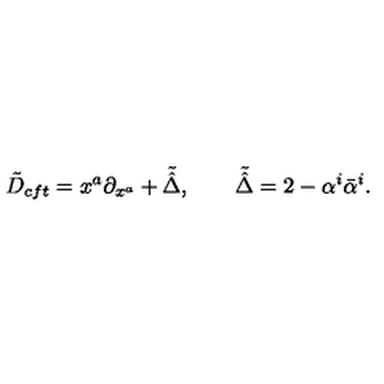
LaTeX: \tilde { D } _ { c f t } = x ^ { a } \partial _ { x ^ { a } } + \tilde { \hat { \Delta } } , \qquad \tilde { \hat { \Delta } } = 2 - \alpha ^ { i } \bar { \alpha } ^ { i } .